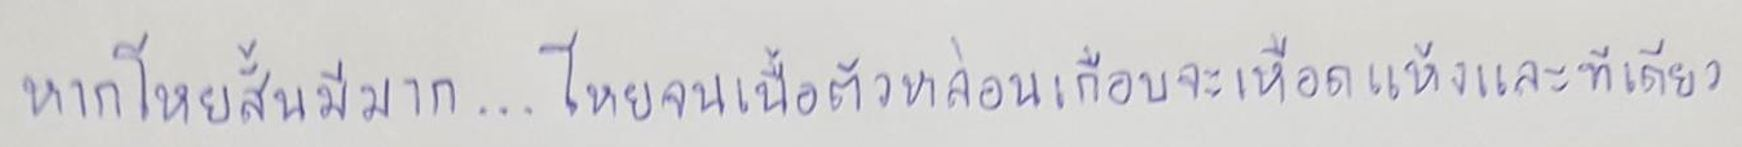
หากโหยสั้นมีมาก...โหยจนเนื้อตัวหล่อนเกือบจะเหือดแห้งและทีเดียว